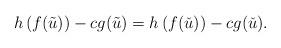
LaTeX: \begin{align*}h\left(f(\tilde u)\right)-c g(\tilde u)=h\left(f(\check u)\right)-c g(\check u).\end{align*}